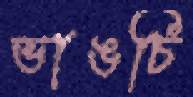
ভাঙচি